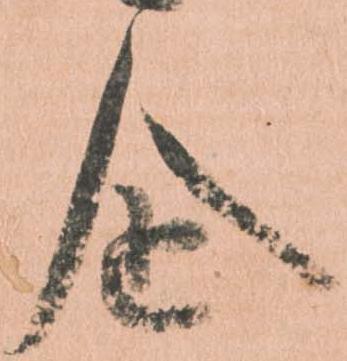
企